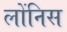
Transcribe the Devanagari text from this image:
लोंनिस